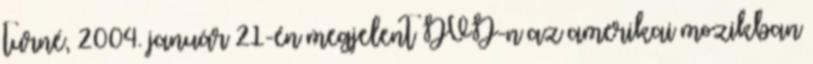
turné, 2004. január 21-én megjelent DVD-n az amerikai mozikban